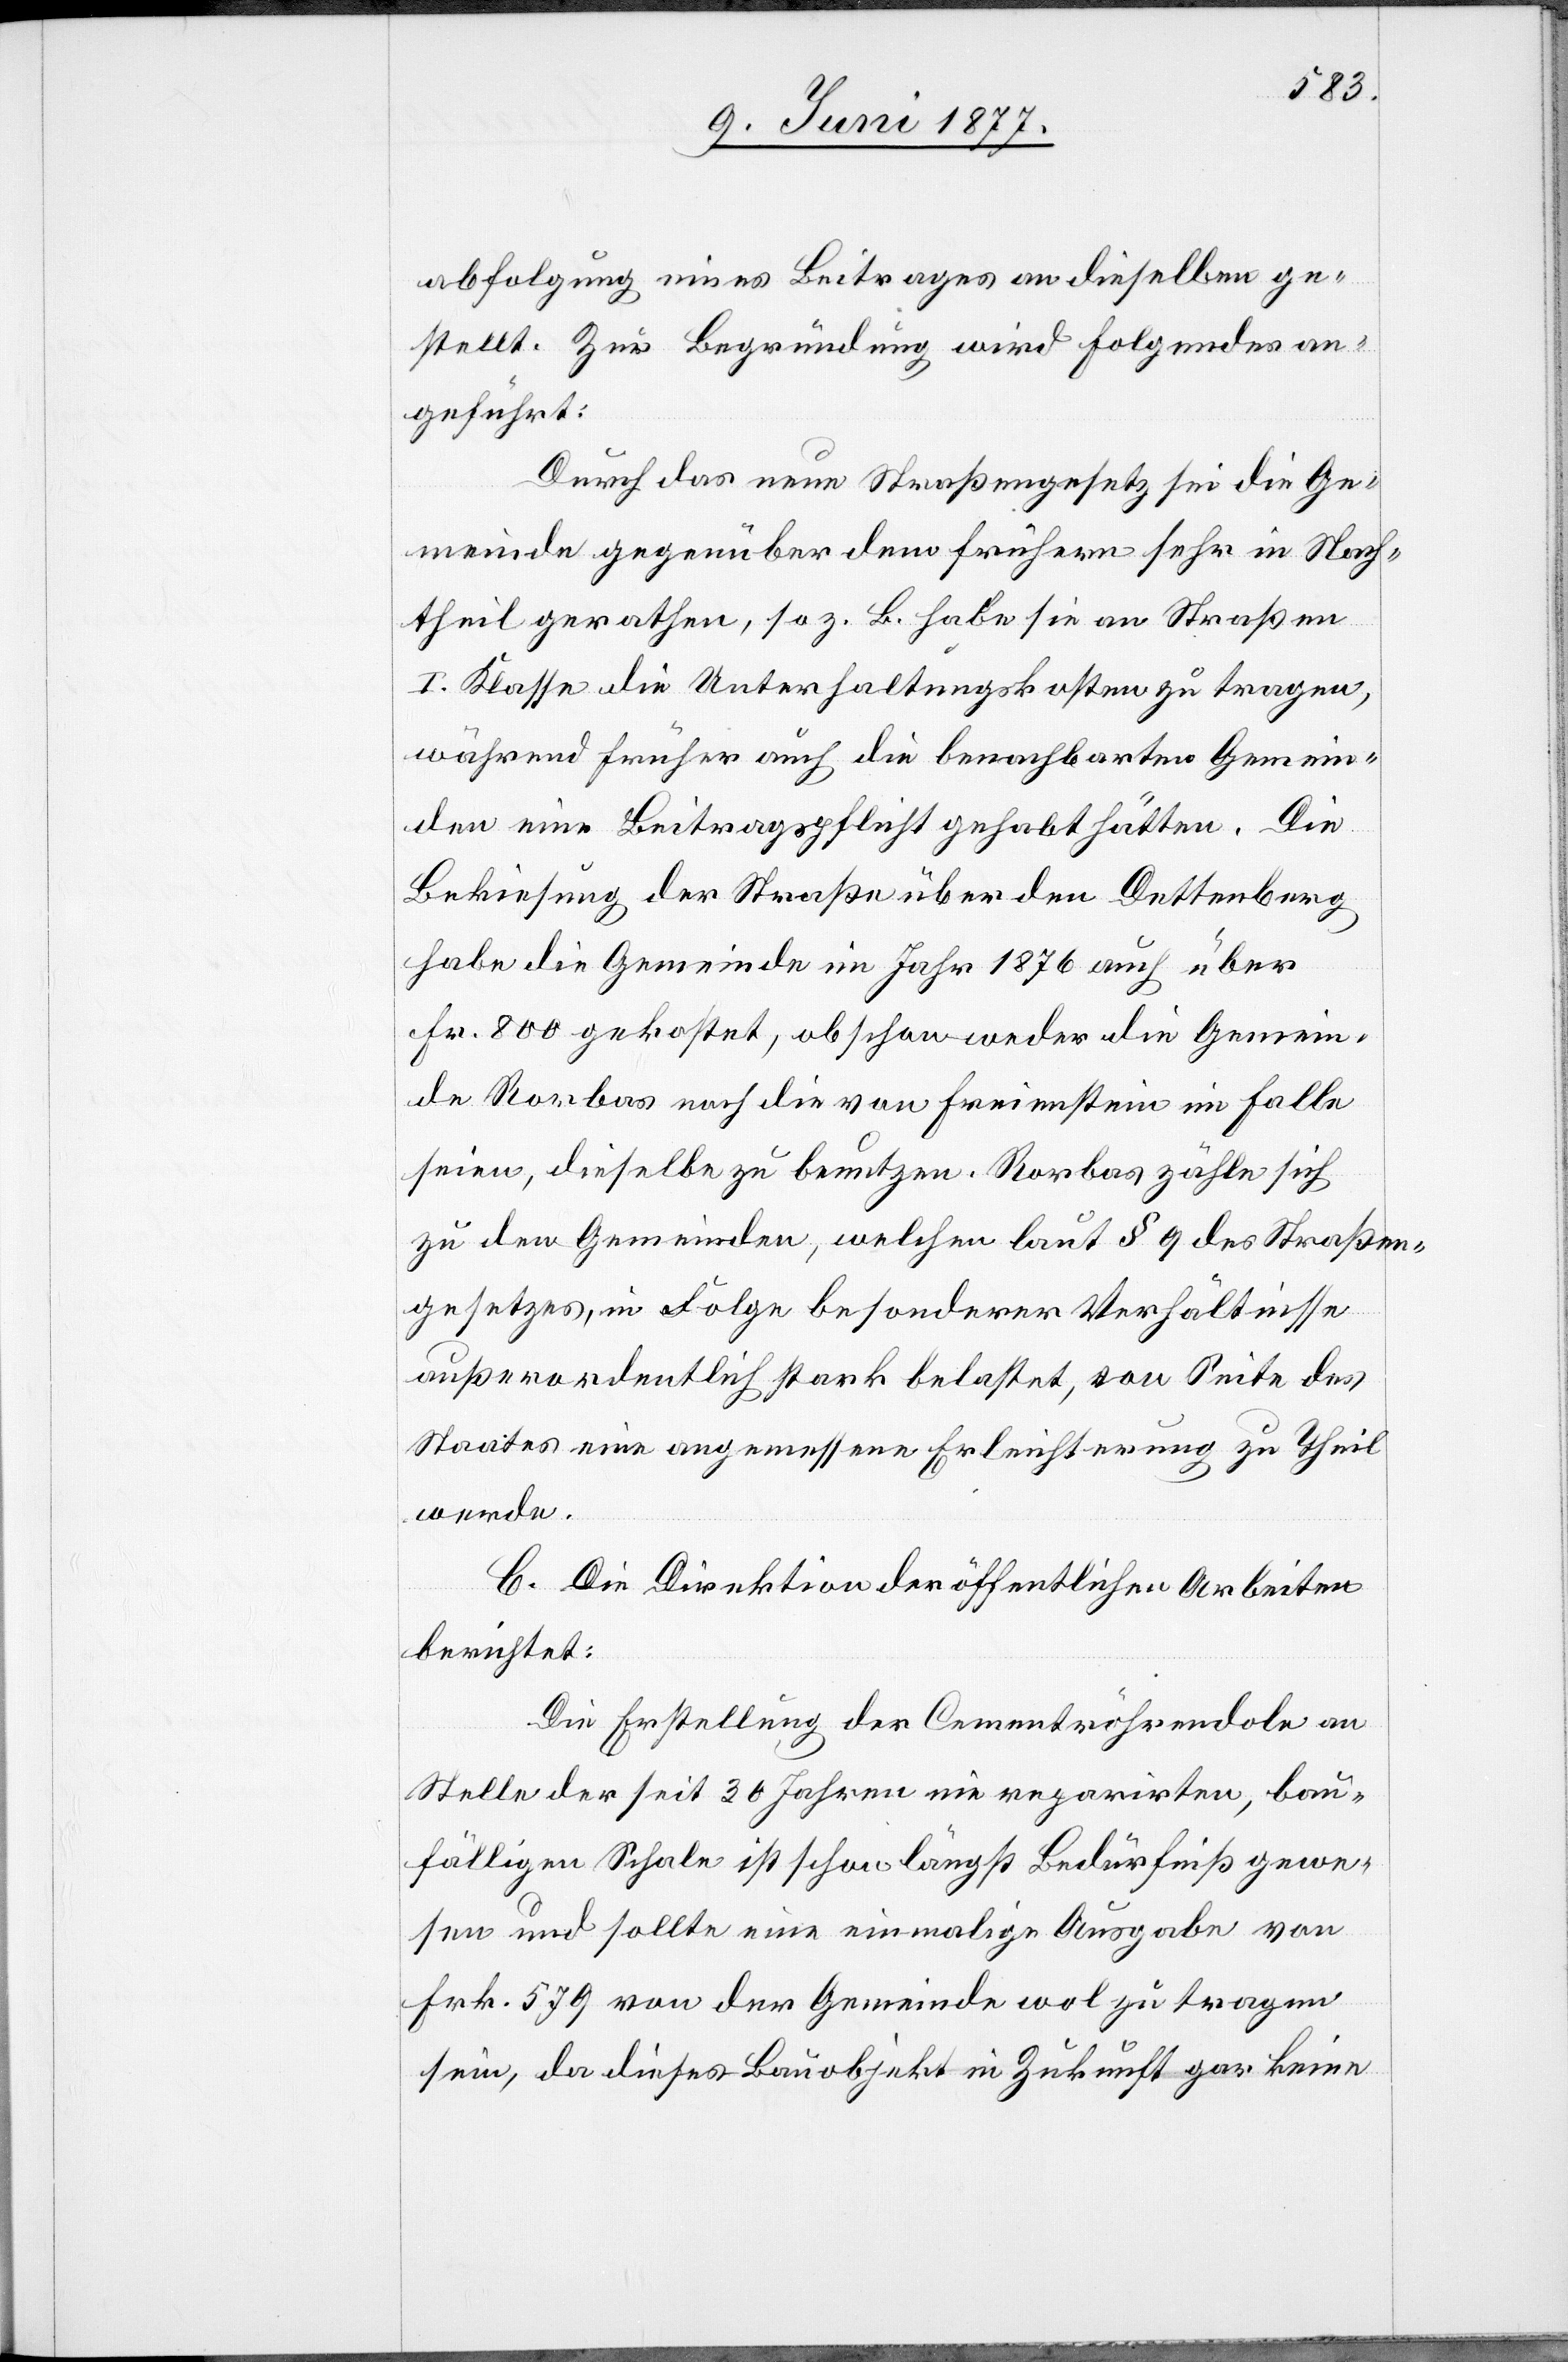
abfolgung eines Beitrages an dieselben ge¬
stellt. Zur Begründung wird Folgendes an¬
geführt:
Durch das neue Straßengesetz sei die Ge¬
meinde gegenüber dem frühern sehr in Nach¬
theil gerathen, so z. B. habe sie an Straße
I. Klasse die Unterhaltungskosten zu tragen,
während früher auch die benachbarten Gemein¬
den eine Beitragspflicht gehabt hätten. Die
Bekiesung der Straße über den Dettenberg
habe die Gemeinde im Jahr 1876 auch über
Fr. 800 gekostet, obschon weder die Gemein¬
de Rorbas noch die von Freienstein im Falle
seien, dieselbe zu benutzen. Rorbas zähle sich
zu den Gemeinden, welchen laut § 9 des Straßen¬
gesetzes, in Folge besonderer Verhältnisse
außerordentlich stark belastet, von Seite des
Staates eine angemessene Erleichterung zu Theil
werde.
C. Die Direktion der öffentlichen Arbeiten
berichtet:
Die Erstellung der Cementröhrendole an
Stelle der seit 30 Jahren nie reparirten, bau¬
fälligen Schale ist schon längst Bedürfniß gewe¬
sen und sollte eine einmalige Ausgabe von
Frk. 579 von der Gemeinde wol zu tragen
sein, da dieses Bauobjekt in Zukunft gar keine